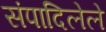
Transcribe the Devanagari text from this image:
संपादिलेले